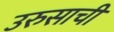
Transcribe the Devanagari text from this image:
उरुसाची